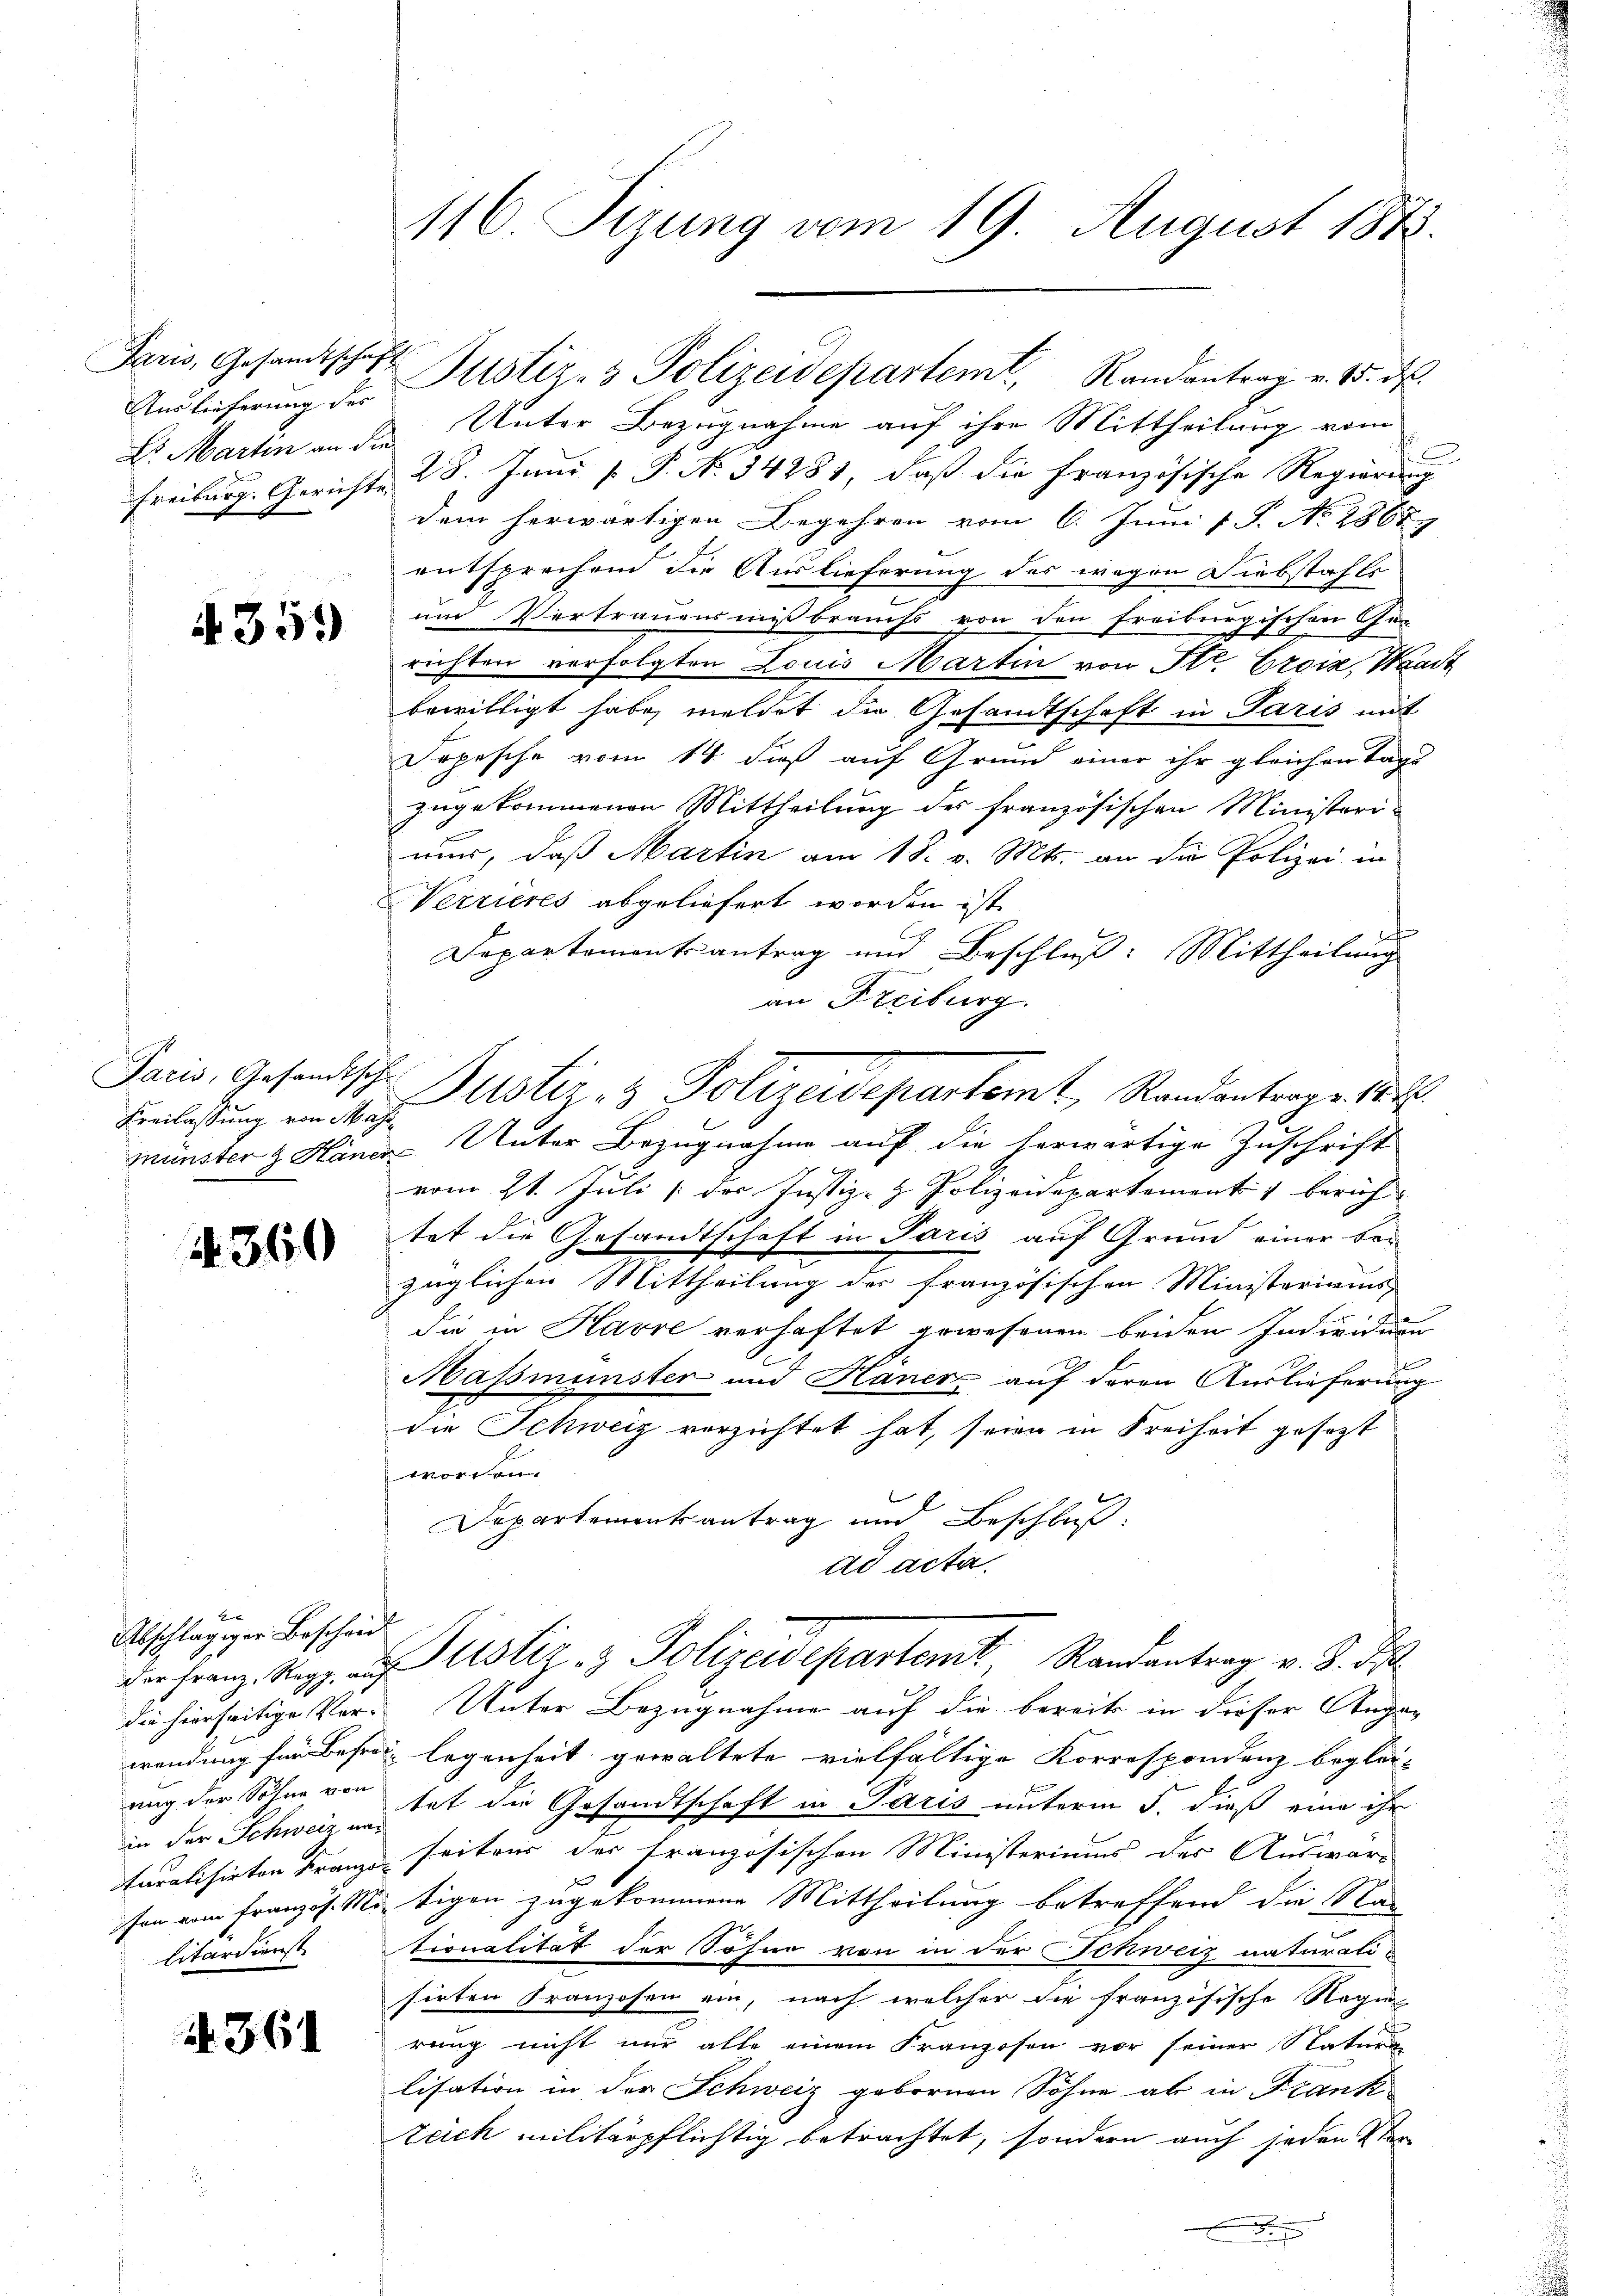
Auslieferung des
Dr. Martin an die

A 359

Paris, Gesandtsche
Kreilassung von Maje

360

2
Abschlägiger Bescheid
in der Schweiz und

A 361

116. Sizung vom 19. August 1878.

Unter Bezugnahme auf ihre Mittheilung vom
.
Freiburg. Gericht 28. Juni l. P. No. 34281, daß die französische Regierung
dem herwärtigen Begehren vom 6. Juni 1 S. No. 2867.
entsprechend die Auslieferung des wegen Diebstahls
und Vertrauens mißbrauchs von den Freiburgischen Ge-
richten verfolgten Louis Martin von Str. Croix, Waadt
bewilligt habe, meldet die Gesandtschaft in Paris mit
Dopesche vom 14. daß auf Grund einer ihr gleichentags
zugekommenen Mittheilung des französischen Ministeri-
nur, daß Martin am 18. v. Mts. an die Polizei in
Verrieres abgeliefert worden ist.
t
Departementsantrag und Beschluß: Mittheilung
an Freiburg.
Münster & Häner Unter Bezugnahme auf die herwärtige Zuschrift
vom 21. Juli / des Justiz- & Polizeidepartement berich
tet die Gesandtschaft in Paris auf Grund einer tei
züglichen Mittheilung der französischen Ministoriums,
die in Havre verhaftet gewesenen beiden Individuen
Massmünster und Hauer auf deren Auslieferung
die Schweiz verzichtet hat, seien in Freiheit gesezt
worden.
Departementsantrag und Beschluß
ad acta.
der Franz. Rapp, aŭf Astiz- & Polizeidepartemt, Randantrag v. 8. ds
die hierseitige Ver- Unter Bezugnahme auf die bereits in dieser Angewendung für Befrau legenheit gewaltete vielfältige Korrespondenz beglei-
ung der Sohne von hat die Gesandtschaft in Paris unterm 5. dieß eine ihr
turalisirten Franz seitens des französischen Ministeriums des Auswar-
son vom Französ. Mitigen zugekommene Mittheilung betreffend die Sta-
litärdienst tionalität der Söhne von in der Schweiz naturalisirten Franzosen ein, nach welcher die französische Regie
rung nicht nur alle einem Franzosen vor seiner Statung
lisation in der Schweiz gebornen Söhne ab in Frank-
Zeich militärpflichtig betrachtet, sondern auch jeden Ver
x

Paris, Gesandtschaft Justiz- & Polizeidepartem Randantrag v. 15. ds.

Justiz- & Polizeidepartemt, Randantrage 182.